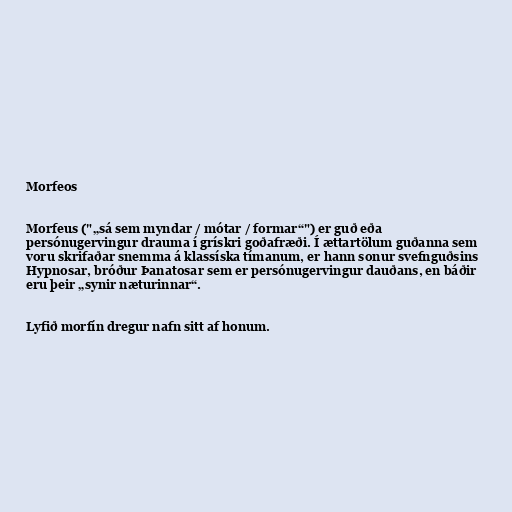
Morfeos

Morfeus ("„sá sem myndar / mótar / formar“") er guð eða
persónugervingur drauma í grískri goðafræði. Í ættartölum guðanna sem
voru skrifaðar snemma á klassíska tímanum, er hann sonur svefnguðsins
Hypnosar, bróður Þanatosar sem er persónugervingur dauðans, en báðir
eru þeir „synir næturinnar“.

Lyfið morfín dregur nafn sitt af honum.